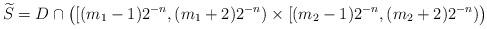
LaTeX: \begin{align*}\widetilde{S}=D\cap \big( [(m_1-1) 2^{-n}, (m_1+2)2^{-n}) \times [(m_2-1) 2^{-n}, (m_2+2)2^{-n}) \big)\end{align*}